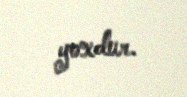
yoxdur.